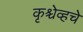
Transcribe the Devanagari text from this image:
कृश्चेव्हचे